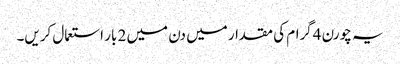
یہ چورن 4گرام کی مقدار میں دن میں 2 بار استعمال کریں۔